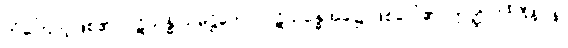
ကံကြောင့်ဖြစ်၏။ ပဋိသန္ဓိ သမုဋ္ဌိတော၊ ပဋိသန္ဓေအခါ၌ ဖြစ်ပေါ်၏။ ဣတ္ထိလိင်္ဂါဒီနိပန၊